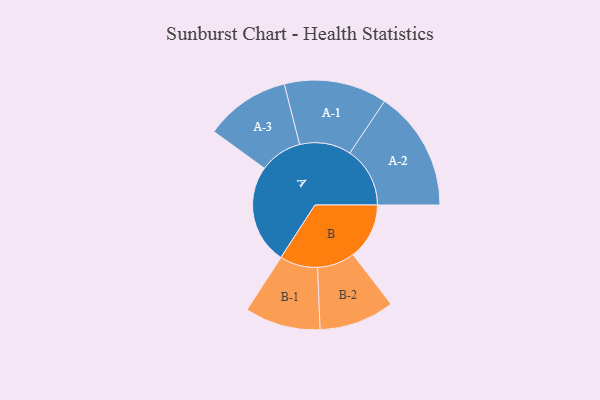
{"axis": {"x": "Segment", "y": "Value"}, "legend": ["", "A", "B"], "data": [{"x": "A", "y": 402, "type": ""}, {"x": "B", "y": 227, "type": ""}, {"x": "A-1", "y": 208, "type": "A"}, {"x": "A-2", "y": 243, "type": "A"}, {"x": "A-3", "y": 172, "type": "A"}, {"x": "B-1", "y": 153, "type": "B"}, {"x": "B-2", "y": 152, "type": "B"}]}